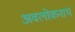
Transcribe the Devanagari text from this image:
अवलोकनार्थ